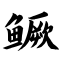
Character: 鳜